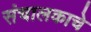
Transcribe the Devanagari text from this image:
संचालकाचे